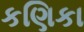
કણિકા